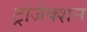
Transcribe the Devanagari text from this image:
ट्रांजेक्‍शन